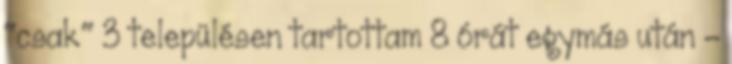
"csak" 3 településen tartottam 8 órát egymás után -